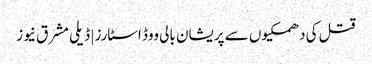
قتل کی دھمکیوں سے پریشان بالی ووڈ اسٹارز | ڈیلی مشرق نیوز